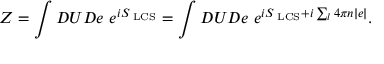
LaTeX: Z = \int { \cal D } U { \cal D } e ~ e ^ { i S _ { \mathrm { \tiny ~ L C S } } } = \int { \cal D } U { \cal D } e ~ e ^ { i S _ { \mathrm { \tiny ~ L C S } } + i \sum _ { l } 4 \pi n | e | } .